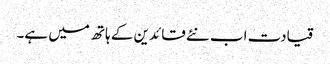
قیادت اب نئے قائدین کے ہاتھ میں ہے۔